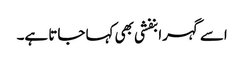
اسے گہرا بنفشی بھی کہا جاتا ہے۔